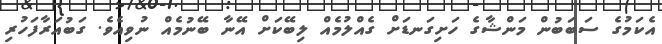
އެކަމުގެ ސަބަބުން މަންޝާގެ ހަށިގަނޑަށް ގެއްލުމެއް ލިބޭކަށް އޭނާ ބޭނުމެއް ނުވިއެވެ. ގަބުއަރާފަހުރި